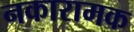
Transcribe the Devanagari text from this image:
नकारामक